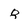
Character: q